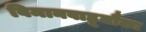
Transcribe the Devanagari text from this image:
विमानवाहूनौका